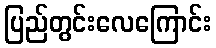
ပြည်တွင်းလေကြောင်း